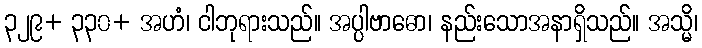
၃၂၉+ ၃၃၀+ အဟံ၊ ငါဘုရားသည်။ အပ္ပါဗာဓော၊ နည်းသောအနာရှိသည်။ အသ္မိ၊